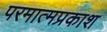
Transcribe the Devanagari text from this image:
परमात्मप्रकाश